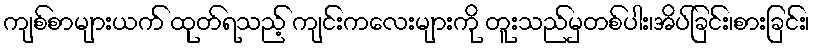
ကျစ်စာများယက် ထုတ်ရသည့် ကျင်းကလေးများကို တူးသည်မှတစ်ပါး၊အိပ်ခြင်း၊စားခြင်း၊